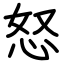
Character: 怒